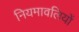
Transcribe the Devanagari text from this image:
नियमावलियों